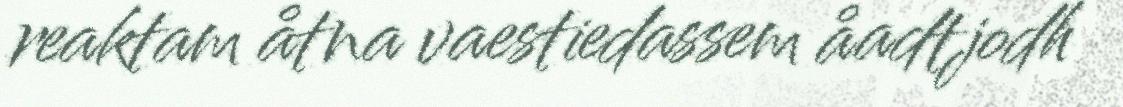
reaktam åtna vaestiedassem åadtjodh